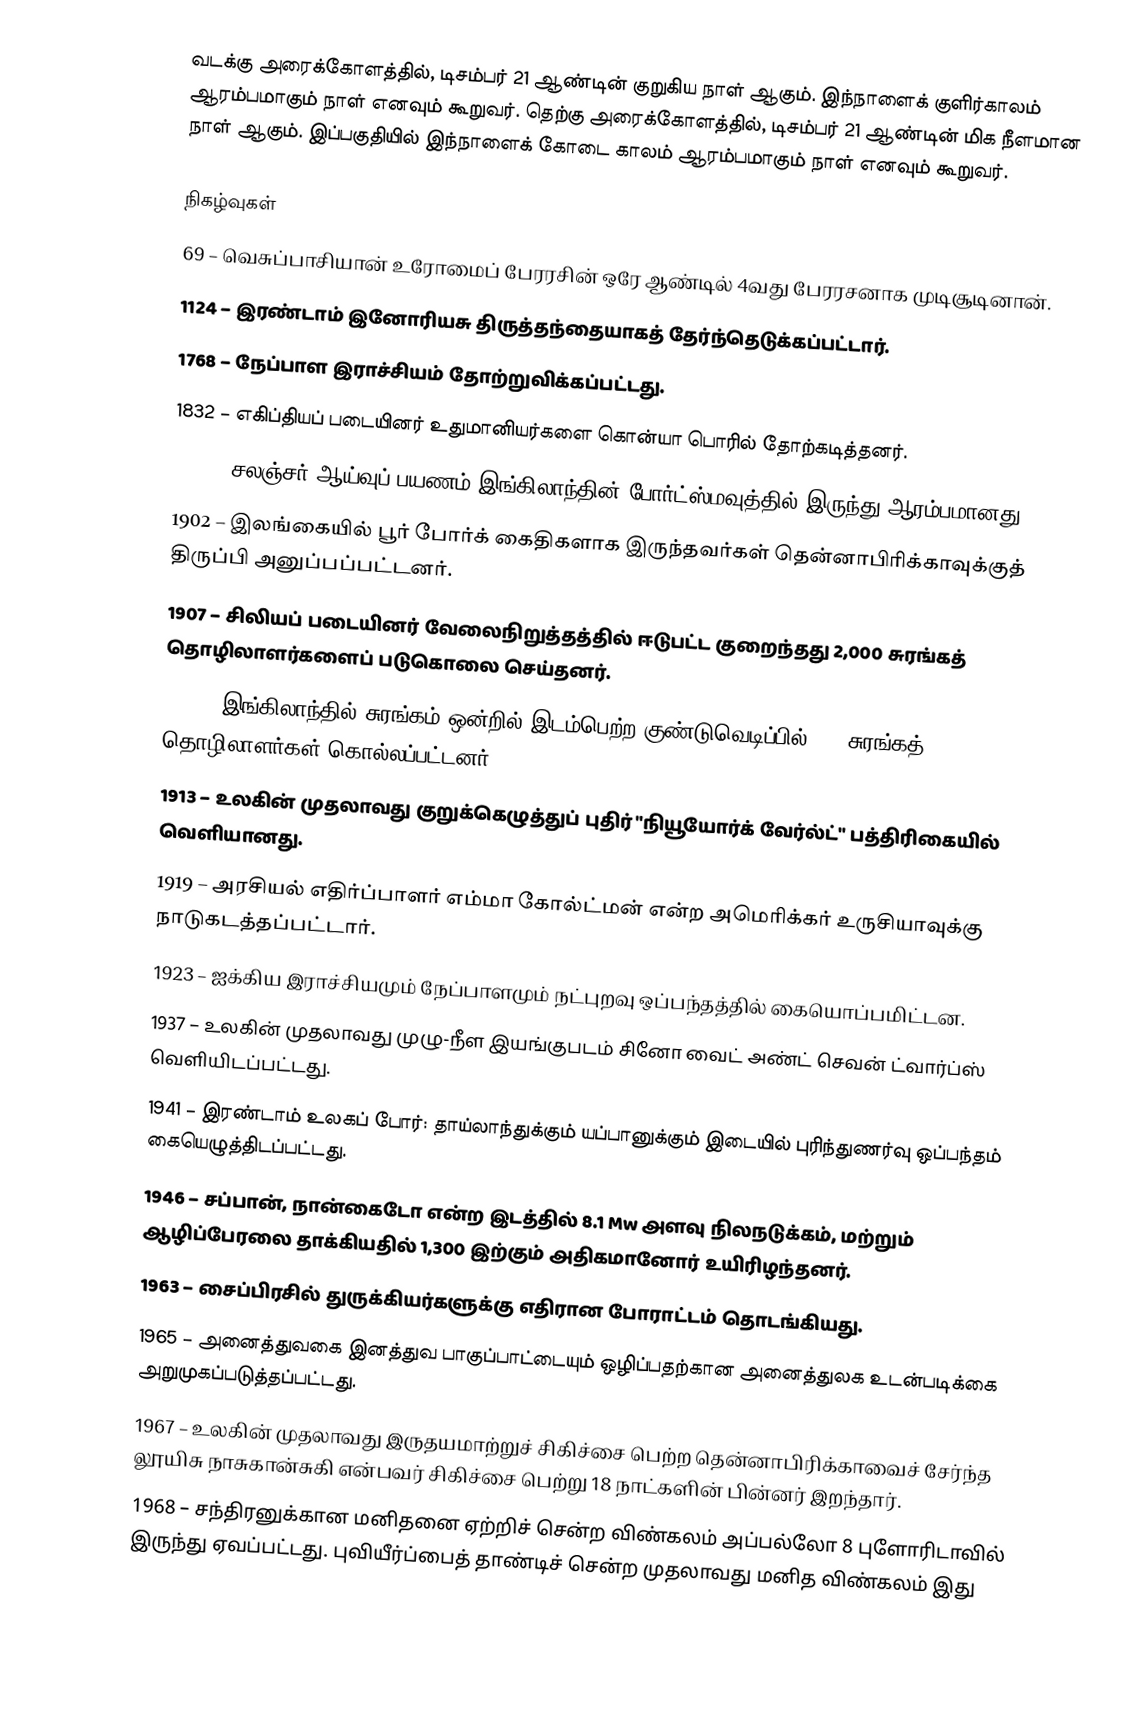
வடக்கு அரைக்கோளத்தில், டிசம்பர் 21 ஆண்டின் குறுகிய நாள் ஆகும். இந்நாளைக் குளிர்காலம் ஆரம்பமாகும் நாள் எனவும் கூறுவர். தெற்கு அரைக்கோளத்தில், டிசம்பர் 21 ஆண்டின் மிக நீளமான நாள் ஆகும். இப்பகுதியில் இந்நாளைக் கோடை காலம் ஆரம்பமாகும் நாள் எனவும் கூறுவர்.

நிகழ்வுகள்
 69 – வெசுப்பாசியான் உரோமைப் பேரரசின் ஒரே ஆண்டில் 4வது பேரரசனாக முடிசூடினான்.
1124 – இரண்டாம் இனோரியசு திருத்தந்தையாகத் தேர்ந்தெடுக்கப்பட்டார்.
1768 – நேப்பாள இராச்சியம் தோற்றுவிக்கப்பட்டது.
1832 – எகிப்தியப் படையினர் உதுமானியர்களை கொன்யா பொரில் தோற்கடித்தனர்.
1872 – சலஞ்சர் ஆய்வுப் பயணம் இங்கிலாந்தின் போர்ட்ஸ்மவுத்தில் இருந்து ஆரம்பமானது.
1902 – இலங்கையில் பூர் போர்க் கைதிகளாக இருந்தவர்கள் தென்னாபிரிக்காவுக்குத் திருப்பி அனுப்பப்பட்டனர்.
1907 – சிலியப் படையினர் வேலைநிறுத்தத்தில் ஈடுபட்ட குறைந்தது 2,000 சுரங்கத் தொழிலாளர்களைப் படுகொலை செய்தனர்.
1910 – இங்கிலாந்தில் சுரங்கம் ஒன்றில் இடம்பெற்ற குண்டுவெடிப்பில் 344 சுரங்கத் தொழிலாளர்கள் கொல்லப்பட்டனர்.
1913 – உலகின் முதலாவது குறுக்கெழுத்துப் புதிர் "நியூயோர்க் வேர்ல்ட்" பத்திரிகையில் வெளியானது.
1919 – அரசியல் எதிர்ப்பாளர் எம்மா கோல்ட்மன் என்ற அமெரிக்கர் உருசியாவுக்கு நாடுகடத்தப்பட்டார்.
1923 – ஐக்கிய இராச்சியமும் நேப்பாளமும் நட்புறவு ஒப்பந்தத்தில் கையொப்பமிட்டன.
1937 – உலகின் முதலாவது முழு-நீள இயங்குபடம் சினோ வைட் அண்ட் செவன் ட்வார்ப்ஸ் வெளியிடப்பட்டது.
1941 – இரண்டாம் உலகப் போர்: தாய்லாந்துக்கும் யப்பானுக்கும் இடையில் புரிந்துணர்வு ஒப்பந்தம் கையெழுத்திடப்பட்டது.
1946 – சப்பான், நான்கைடோ என்ற இடத்தில் 8.1 Mw அளவு நிலநடுக்கம், மற்றும் ஆழிப்பேரலை  தாக்கியதில் 1,300 இற்கும் அதிகமானோர் உயிரிழந்தனர்.
1963 – சைப்பிரசில் துருக்கியர்களுக்கு எதிரான போராட்டம் தொடங்கியது.
1965 – அனைத்துவகை இனத்துவ பாகுப்பாட்டையும் ஒழிப்பதற்கான அனைத்துலக உடன்படிக்கை அறுமுகப்படுத்தப்பட்டது.
1967 – உலகின் முதலாவது இருதயமாற்றுச் சிகிச்சை பெற்ற தென்னாபிரிக்காவைச் சேர்ந்த லூயிசு நாசுகான்சுகி என்பவர் சிகிச்சை பெற்று 18 நாட்களின் பின்னர் இறந்தார்.
1968 – சந்திரனுக்கான மனிதனை ஏற்றிச் சென்ற விண்கலம் அப்பல்லோ 8 புளோரிடாவில் இருந்து ஏவப்பட்டது. புவியீர்ப்பைத் தாண்டிச் சென்ற முதலாவது மனித விண்கலம் இது